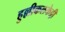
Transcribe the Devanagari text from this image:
हुल्लीकलकेट्टी